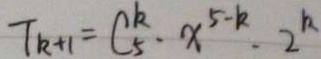
T _ { k + 1 } = C _ { 5 } ^ { k } \cdot x ^ { 5 - k } \cdot 2 ^ { k }